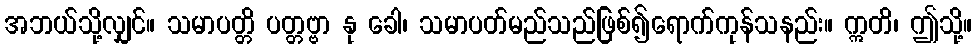
အဘယ်သို့လျှင်။ သမာပတ္တိ ပတ္တဗ္ဗာ နု ခေါ၊ သမာပတ်မည်သည်ဖြစ်၍ရောက်ကုန်သနည်း။ ဣတိ၊ ဤသို့။